Riigikantselei, lk 2
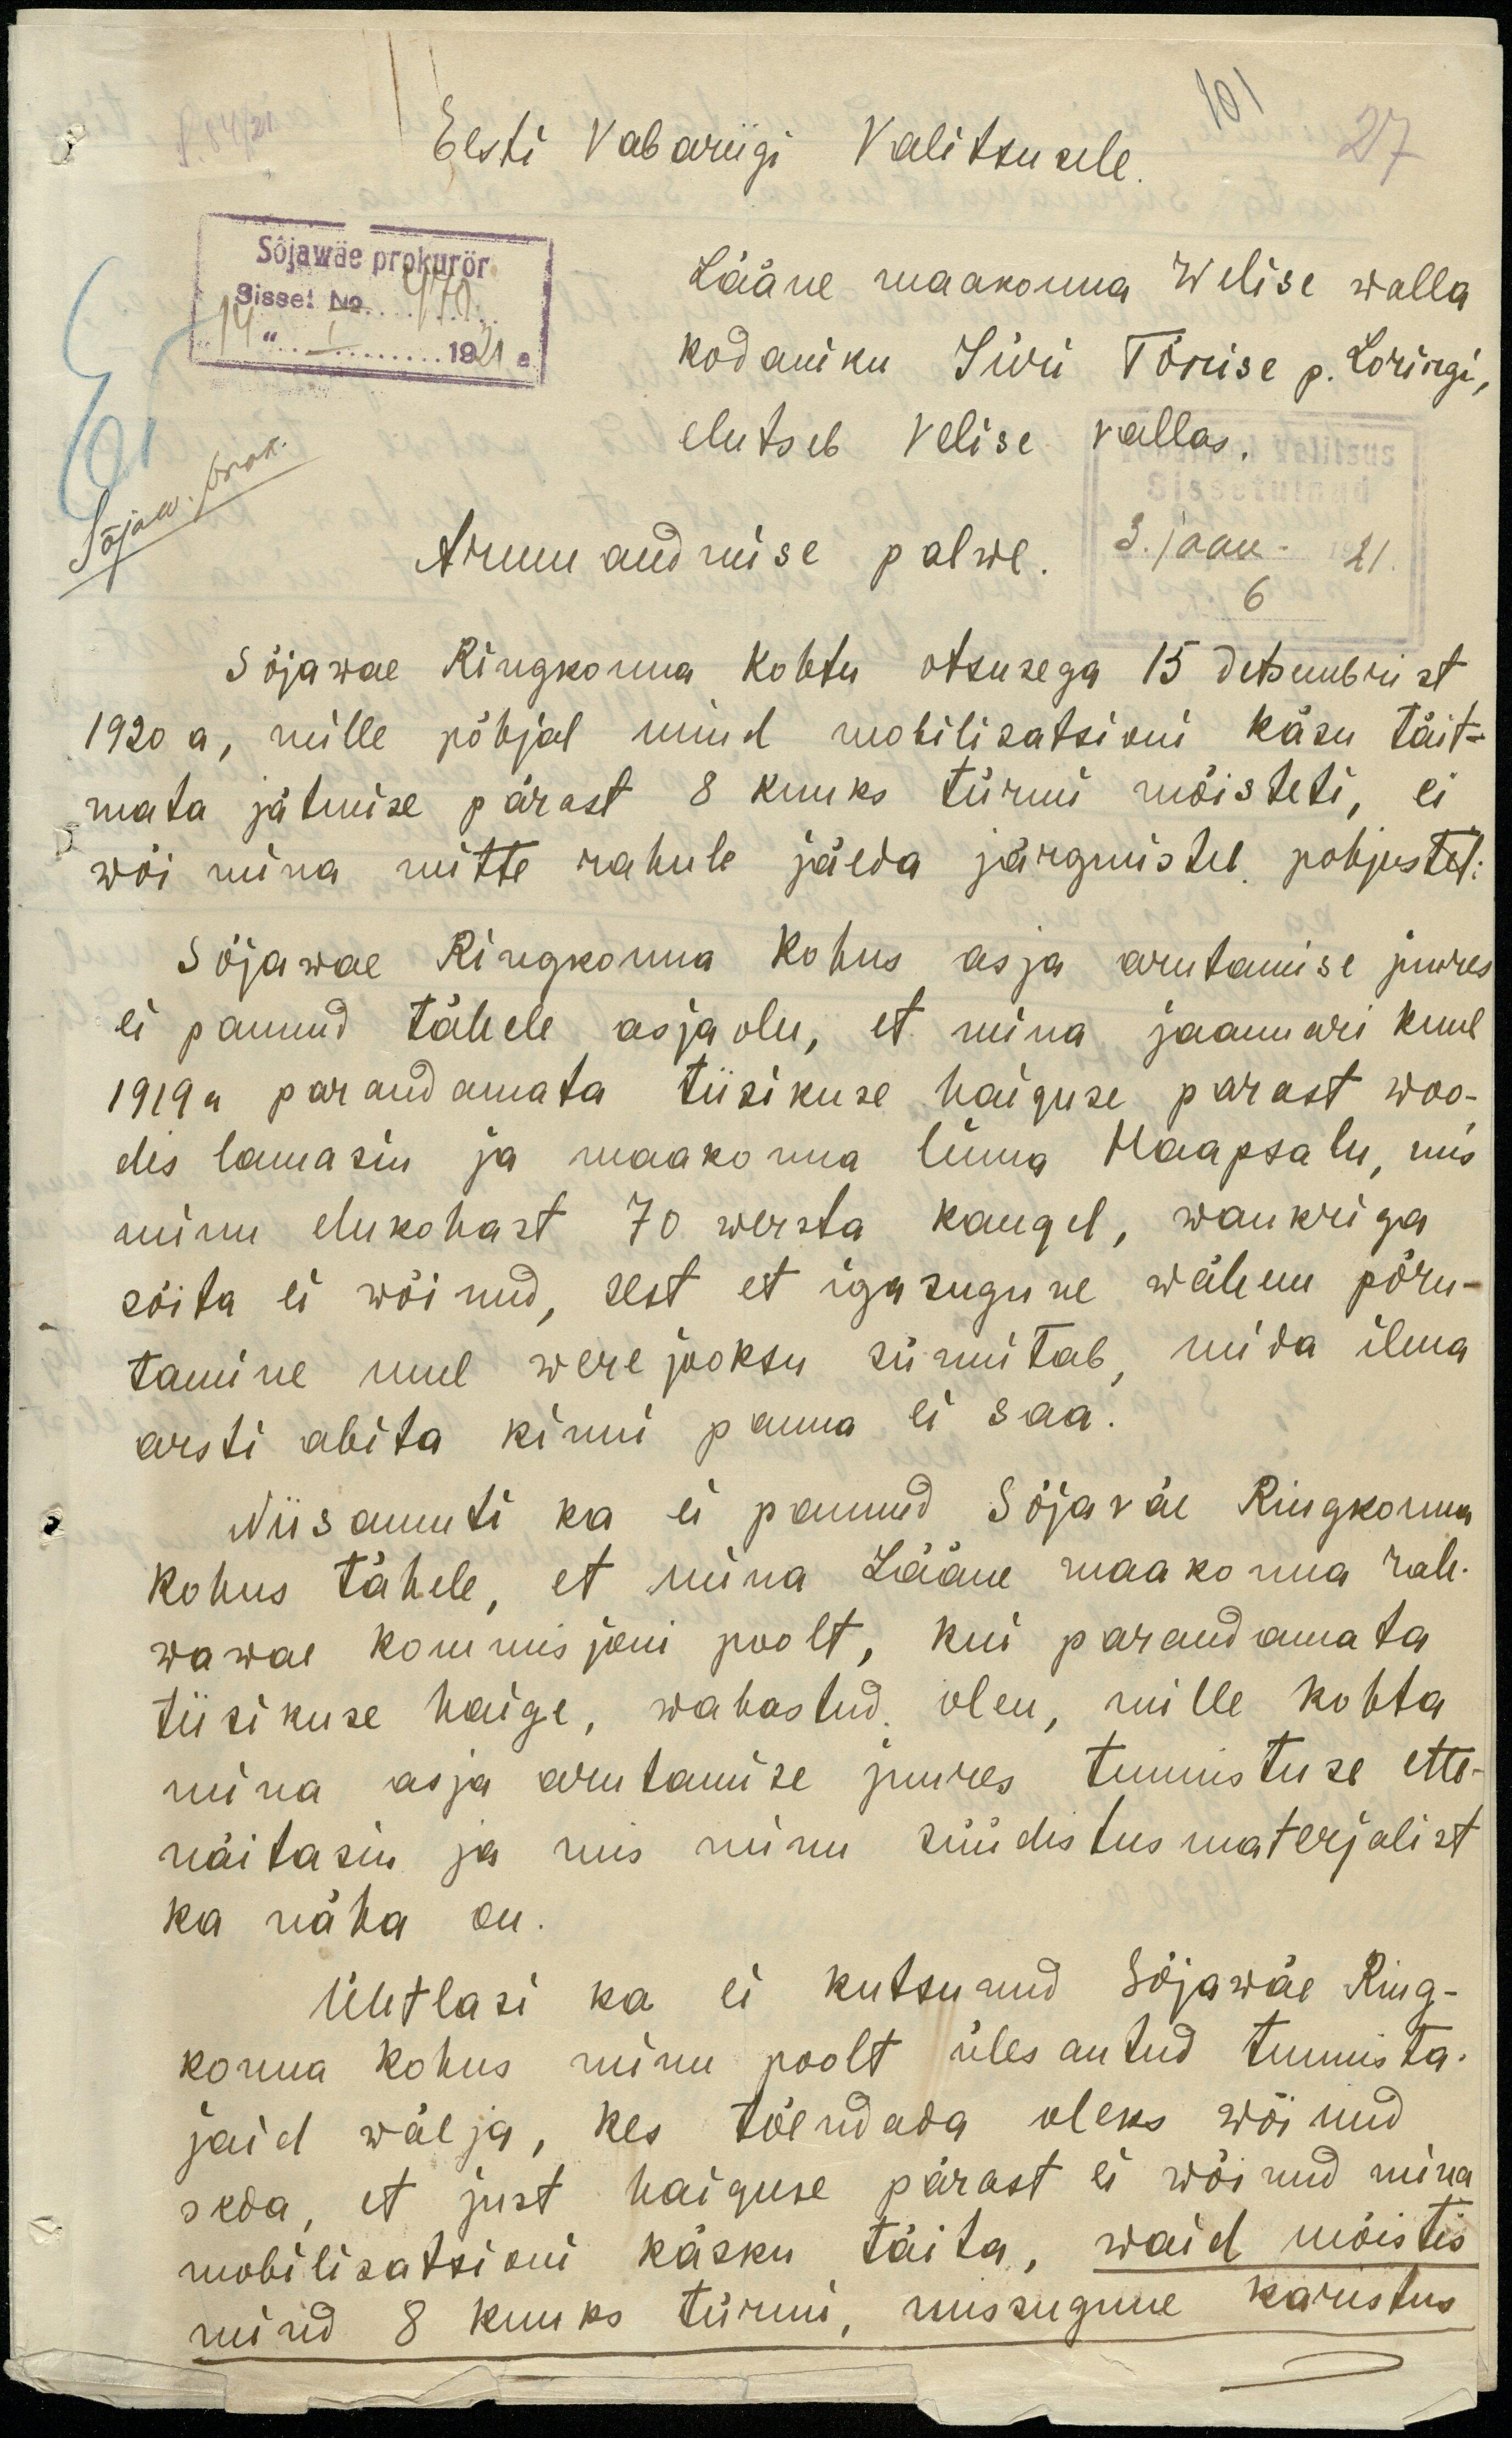
Eesti Vabariigi Valitsusele.
Sõjawäe prokurör
Sisse: No. 470
Lääne maakonna Welise walla
14" I 1921 a
kodaniku Jüri Tõnise p. Loringi,
elutseb Velise vallas.
Sõjaw prok.
Valitsus
Armu andmise palwe.
3. jaan. 21.
6
Sõjawae Ringkonna kohtu otsusega 15 detsembrist
1920 a, mille põhjal mind mobilisatsioni käsu täit-
mata jätmise pärast 8 kuuks türmi mõisteti, ei
wõi mina mitte rahule jäeda järgmistel pohjustel:
Sõjawae Ringkonna Kohus asja arutamise juures
ei pannud tähele asjaolu, et mina jaanuari kuul
1919 a parandamata tiisikuse haiguse pärast woo-
dis lamasin ja maakonna linna Haapsalu, mis
minu elukohast 70 wersta kaugel, wankriga
sõita ei wõinud, sest et igasugune wähem põru-
tamine mul were jooksu sünnitab, mida ilma
arsti abita kinni panna ei saa.
Niisamuti ka ei pannud Sõjaväe Ringkonna
kohus tähele, et mina Lääne maakonna rah-
wawae kommisjoni poolt, kui parandamata
tiirikuse haige, wabastud olen, mille kohta
mina asja arutamise juures tunnistuse ette-
näitasin ja mis minu süüdistus materjalist
ka näha on.
Ühtlasi ka ei kutsunud Sõjawäe Ring-
konna kohus minu poolt üles antud tunnista-
jaid wälja, kes tõendada oleks wõinud
seda, et just haiguse pärast ei wõinud mina
mobilisatsioni käsku täita, waid mõistis
mind 8 kuuks türmi, niisugune karistus